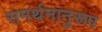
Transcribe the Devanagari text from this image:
समर्थनानुरूप